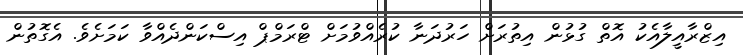
އިޒްރާއީލާއެކު އޮތް ގުޅުން އިތުރަށް ހަރުދަނާ ކުރެެއްވުމަށް ޓްރަމްޕް އިސްކަންދެއްވާ ކަމަށެވެ. އެގޮތުން